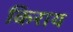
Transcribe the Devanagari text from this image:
किराय